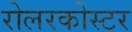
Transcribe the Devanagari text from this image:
रोलरकोस्टर